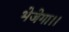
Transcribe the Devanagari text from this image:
भेजेगा।।